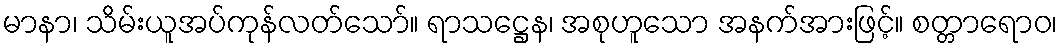
မာနာ၊ သိမ်းယူအပ်ကုန်လတ်သော်။ ရာသဋ္ဌေန၊ အစုဟူသော အနက်အားဖြင့်။ စတ္တာရောဝ၊